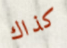
كذاك